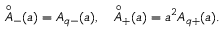
{ \mathop { A } ^ { \circ } } _ { - } ( a ) = A _ { q - } ( a ) , \quad { \mathop { A } ^ { \circ } } _ { + } ( a ) = a ^ { 2 } A _ { q + } ( a ) .